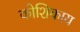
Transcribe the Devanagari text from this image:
कोशिकाय